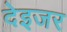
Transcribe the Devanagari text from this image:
देइजर